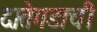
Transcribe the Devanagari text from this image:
दातेगडाची